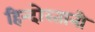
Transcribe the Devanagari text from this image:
हिन्दोस्तानी